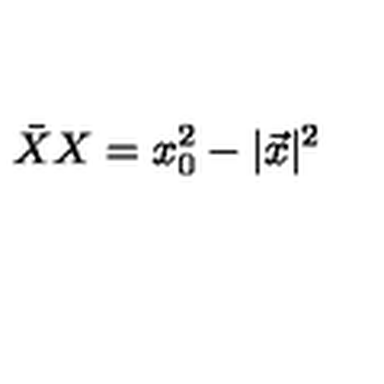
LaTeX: \bar { X } X = x _ { 0 } ^ { 2 } - \vert \vec { x } \vert ^ { 2 }